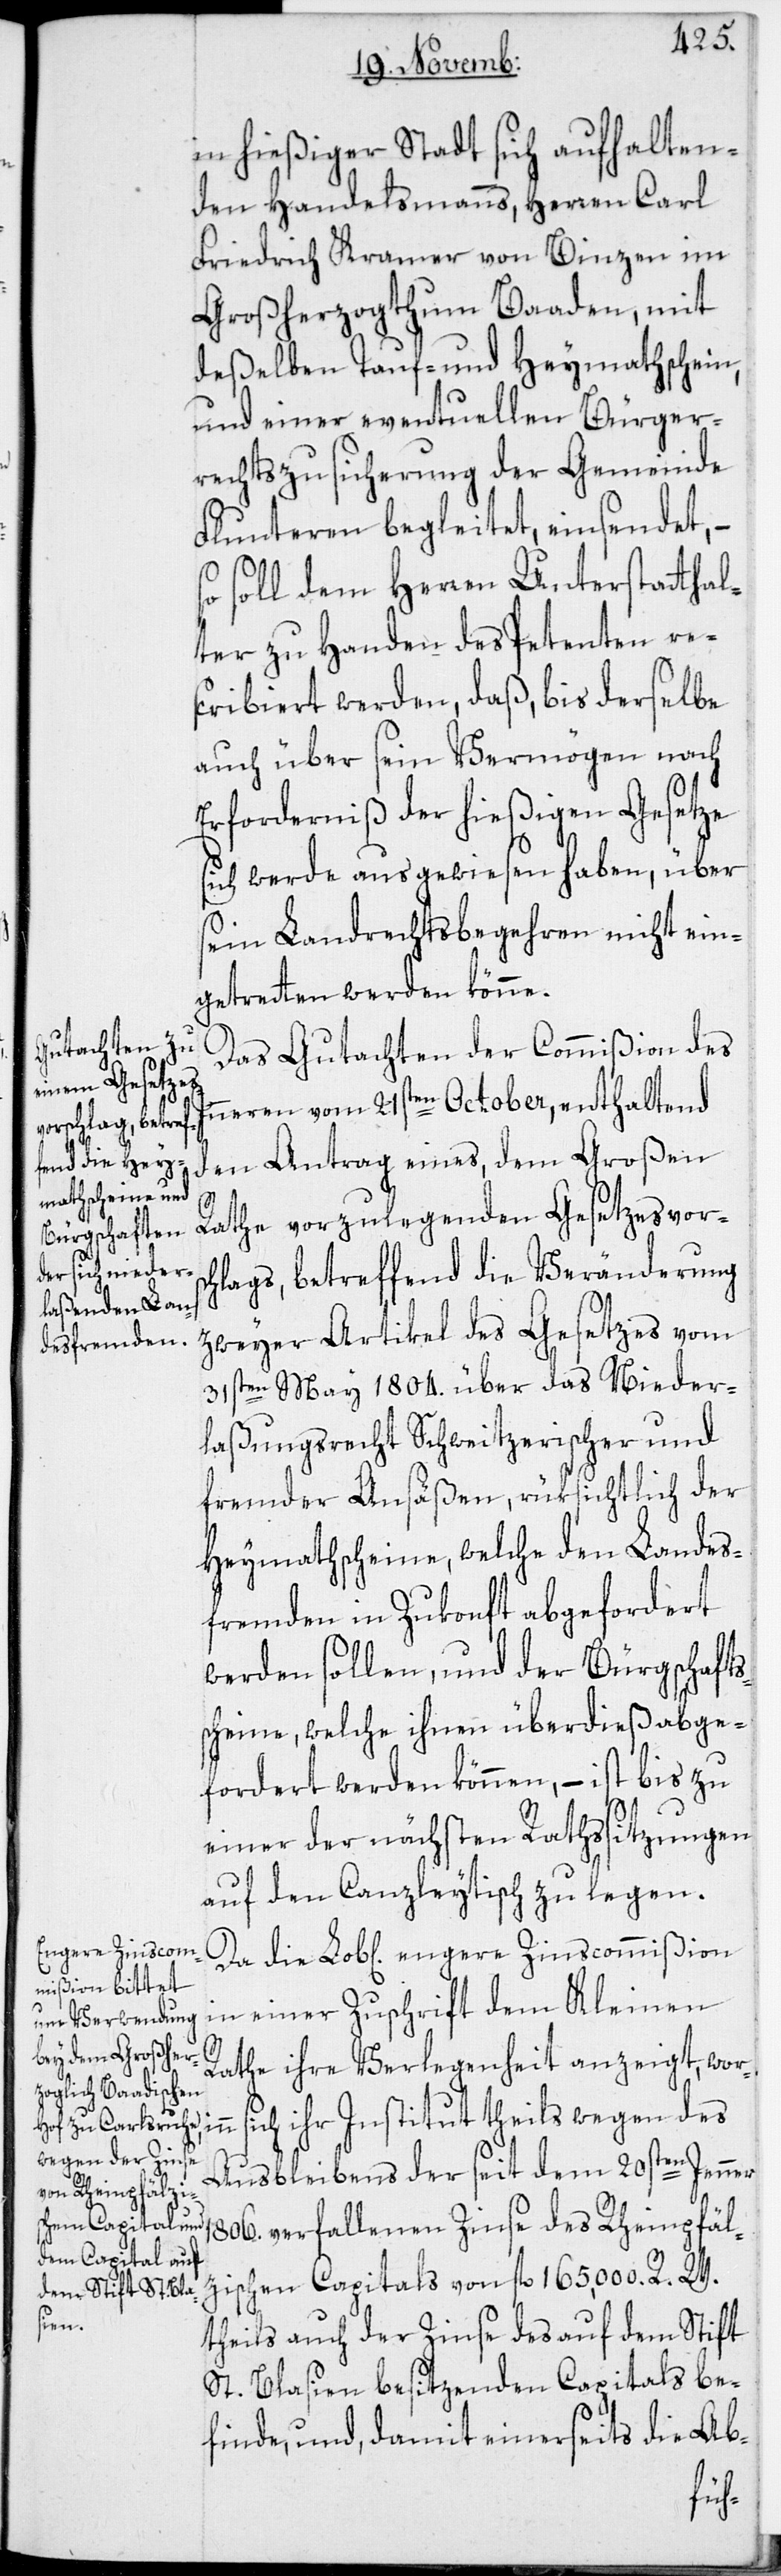
in hießiger Stadt sich aufhalten¬
den Handelsmanns, Herren Carl
Friedrich Kramer von Binzen im
Großherzogthum Baaden, mit
deßelben Tauf- und Heymathschein,
und einer eventuellen Bürger¬
rechtszusicherung der Gemeinde
Fluntern begleitet, einsendet, –
so soll dem Herren Unterstatthal¬
ter zu Handen des Petenten re¬
scribiert werden, daß, bis derselbe
auch über sein Vermögen nach
Erforderniß der hießigen Gesetze
sich werde ausgewiesen haben, über
sein Landrechtsbegehren nicht ein¬
getretten werden könne.
Das Gutachten der Commißion des
Inneren vom 21sten October, enthaltend
den Antrag eines, dem Großen
Rathe vorzulegenden Gesetzesvors¬
chlags, betreffend die Veränderung
zweyer Artikel des Gesetzes vom
31sten May 1804. über das Nieder¬
laßungsrecht Schweitzerischer und
fremder Ansäßen, rüksichtlich der
Heymathscheine, welche den Landes¬
fremden in Zukonft abgefordert
werden sollen, und der Bürgschafts¬
scheine, welche ihnen überdieß abge¬
fordert werden können, – ist bis zu
einer der nächsten Rathssitzungen
auf den Canzleytisch zu legen.
Da die Lob[liche] engere Zinscommißion
in einer Zuschrift dem Kleinen
Rathe ihre Verlegenheit anzeigt, wor¬
inn sich ihr Institut theils wegen des
Ausbleibens der seit dem 20sten Jenner
1806. verfallenen Zinse des Rheinpfäl¬
zischen Capitals von fl. 165,000. R. W.
theils auch der Zinse des auf dem Stift
St. Blasien besitzenden Capitals be¬
finde, und, damit einerseits die Ab-